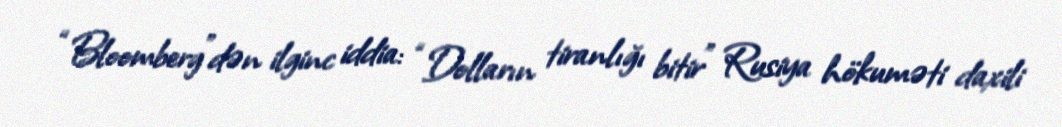
“Bloomberg”dən ilginc iddia: “Dolların tiranlığı bitir” Rusiya hökuməti daxili